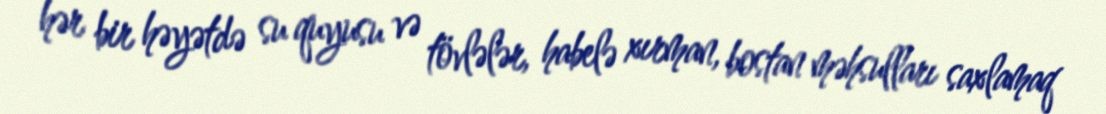
hər bir həyətdə su quyusu və tövlələr, habelə xırman, bostan məhsulları saxlamaq